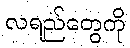
လရည်တွေကို